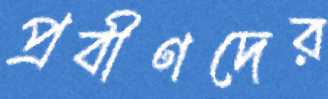
প্রবীণদের